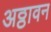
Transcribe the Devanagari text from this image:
अठ्ठावन